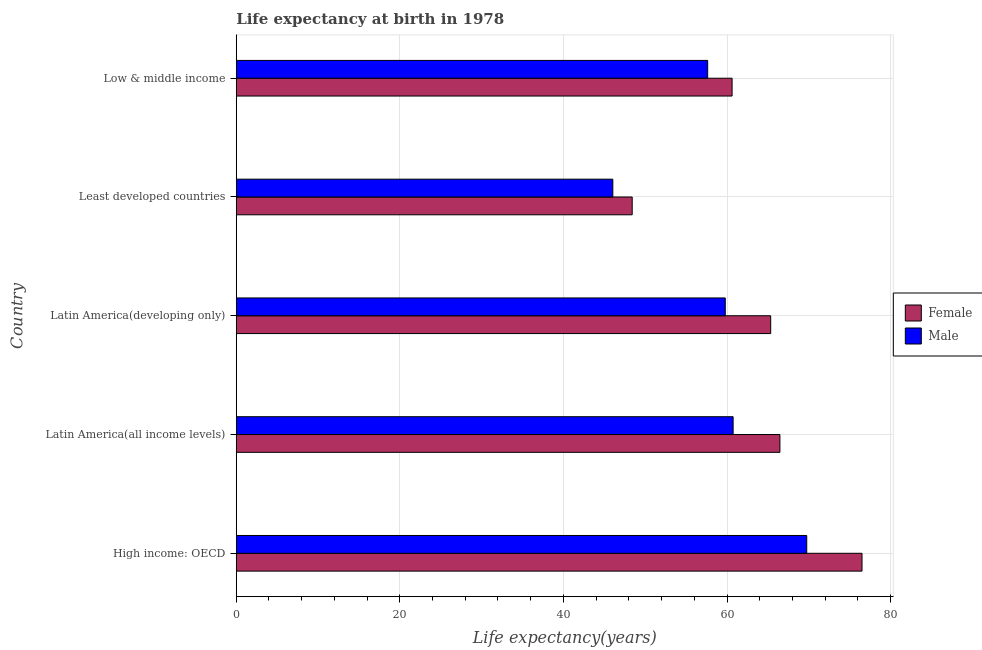
| Country | Female | Male |
 | --- | --- | --- |
 | High income: OECD | 76.5 | 69.7 |
 | Latin America(all income levels) | 66.5 | 60.7 |
 | Latin America(developing only) | 65.3 | 59.8 |
 | Least developed countries | 48.4 | 46 |
 | Low & middle income | 60.6 | 57.6 |